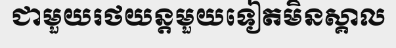
ជាមួយរថយន្តមួយទៀតមិនស្គាល